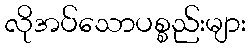
လိုအပ်သောပစ္စည်းများ